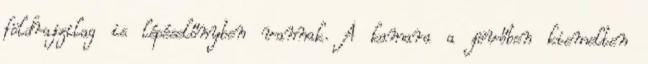
földrajzilag is lépéselőnyben vannak. A kamara a jövőben kiemelten